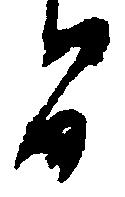
間